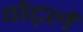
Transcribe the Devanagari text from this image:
वोर्ट्ले